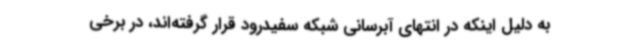
به دلیل اینکه در انتهای آبرسانی شبکه سفیدرود قرار گرفته‌اند، در برخی